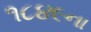
૧૮૪૯ના